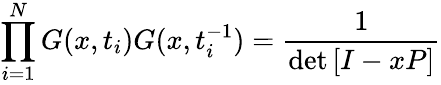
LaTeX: \prod_{i=1}^{N}G(x,t_{i})G(x,t_{i}^{-1})=\frac{1}{\operatorname*{det}\left[I-xP\right]}